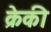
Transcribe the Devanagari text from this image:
क्रेकी